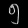
Digit: ၅